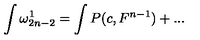
\int \omega _ { 2 n - 2 } ^ { 1 } = \int P ( c , F ^ { n - 1 } ) + . . .